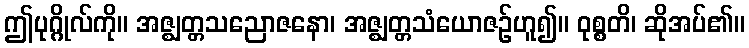
ဤပုဂ္ဂိုလ်ကို။ အဇ္ဈတ္တသညောဇနော၊ အဇ္ဈတ္တသံယောဇဉ်ဟူ၍။ ဝုစ္စတိ၊ ဆိုအပ်၏။